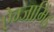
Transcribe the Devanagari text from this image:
ऐग्जामिंड